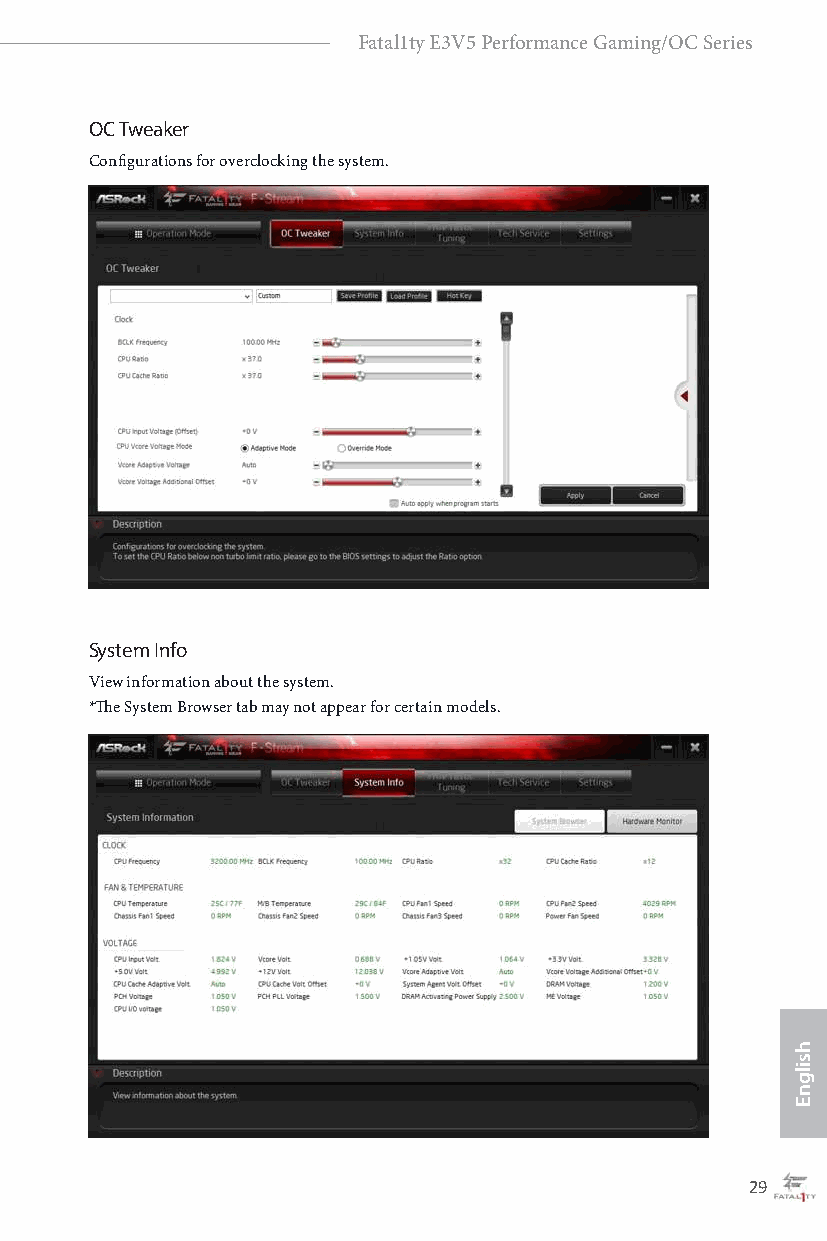
Fatal1ty E3V5 Performance Gaming/OC Series
 OC Tweaker
 Configurations for overclocking the system.
 System Info
 View information about the system.
 *The System Browser tab may not appear for certain models.
 28                                                29
 hsilgnE